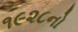
૧૯૨૮નો